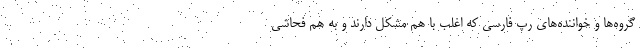
گروه‌ها و خواننده‌های رپ فارسی که اغلب با هم مشکل دارند و به هم فحاشی